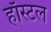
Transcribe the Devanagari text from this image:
हाॅस्टल